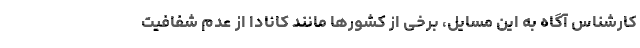
کارشناس آگاه به این مسایل، برخی از کشورها مانند کانادا از عدم شفافیت